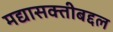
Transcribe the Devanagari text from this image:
मद्यासक्तीबद्दल